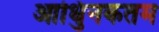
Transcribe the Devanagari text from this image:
आधुिनकतम